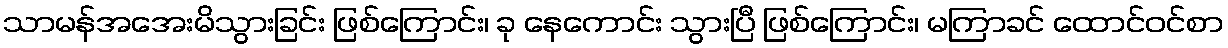
သာမန်အအေးမိသွားခြင်း ဖြစ်ကြောင်း၊ ခု နေကောင်း သွားပြီ ဖြစ်ကြောင်း၊ မကြာခင် ထောင်ဝင်စာ